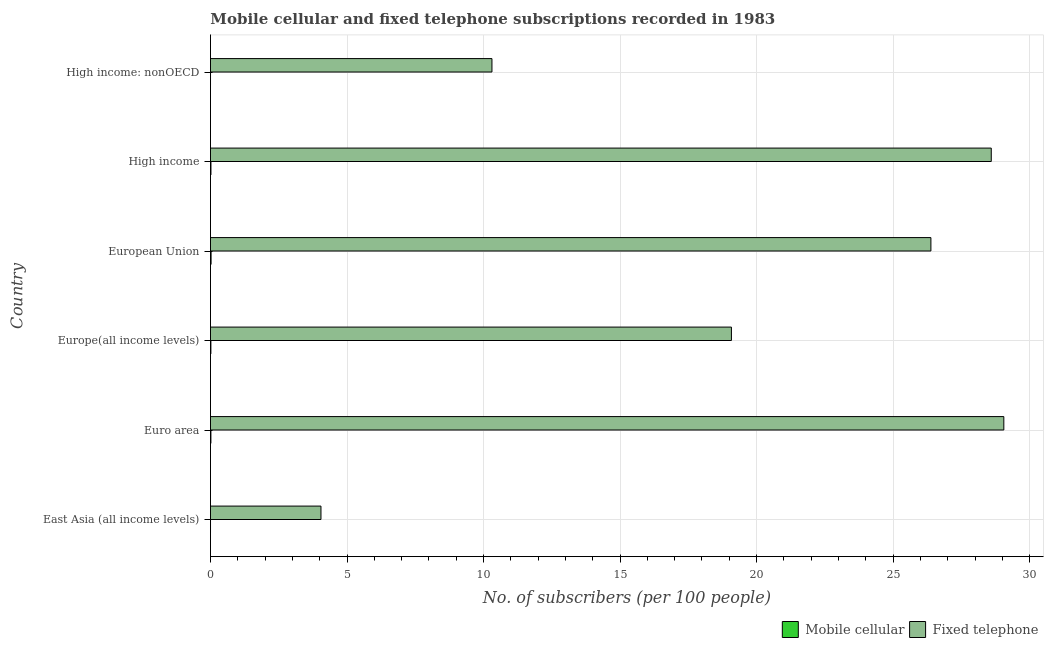
| Country | Mobile cellular | Fixed telephone |
 | --- | --- | --- |
 | East Asia (all income levels) | 0.00166 | 4.05 |
 | Euro area | 0.0159 | 29.1 |
 | Europe(all income levels) | 0.0155 | 19.1 |
 | European Union | 0.022 | 26.4 |
 | High income | 0.0175 | 28.6 |
 | High income: nonOECD | 0.00149 | 10.3 |